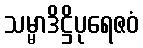
သမ္မာဒိဋ္ဌိပုရေဇဝံ